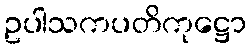
ဥပါသကပတိကုဋ္ဌော